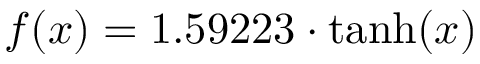
f ( x ) = 1 . 5 9 2 2 3 \cdot \operatorname { t a n h } ( x )